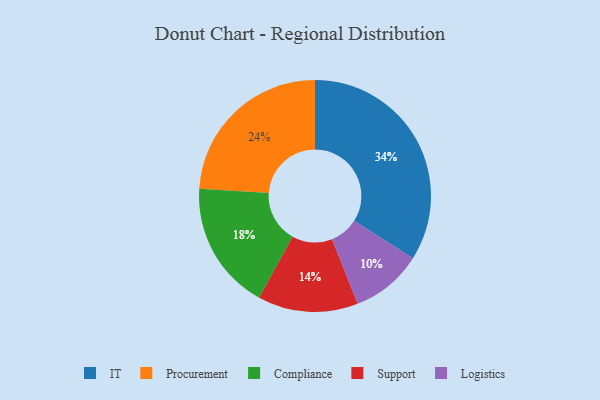
{"axis": {"x": "Category", "y": "Percentage"}, "legend": ["Compliance", "IT", "Logistics", "Procurement", "Support"], "data": [{"x": "Procurement", "y": 24, "type": "Procurement"}, {"x": "Support", "y": 14, "type": "Support"}, {"x": "Compliance", "y": 18, "type": "Compliance"}, {"x": "Logistics", "y": 10, "type": "Logistics"}, {"x": "IT", "y": 34, "type": "IT"}]}